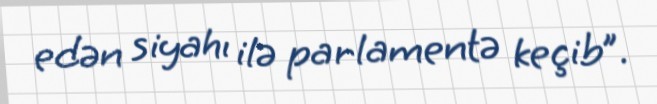
edən siyahı ilə parlamentə keçib”.